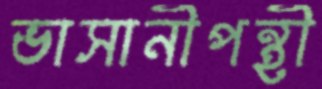
ভাসানীপন্থী